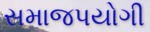
સમાજપયોગી